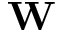
\mathbf { W }